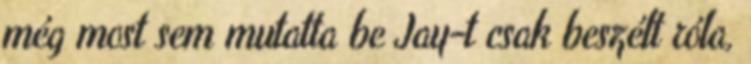
még most sem mutatta be Jay-t csak beszélt róla,